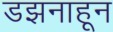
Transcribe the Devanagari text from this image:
डझनाहून